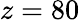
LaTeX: z=80